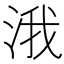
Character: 涐